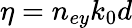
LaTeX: \eta=n_{ey}k_{0}d